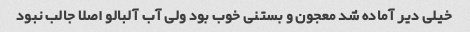
خیلی دیر آماده شد معجون و بستنی خوب بود ولی آب آلبالو اصلا جالب نبود